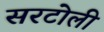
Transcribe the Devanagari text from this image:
सरटोली